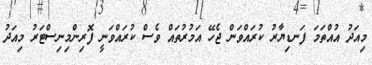
މިއަދު އުއްތަމަ ފަނޑިޔާރު ކުރައްވަން ޖެހޭ އަމުރުތައް ވެސް ކުރައްވަނީ ފޮރިންމިނިސްޓަރު މިއަދު